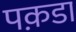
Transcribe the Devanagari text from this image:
पक़डा